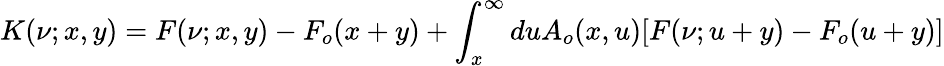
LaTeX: K(\nu;x,y)=F(\nu;x,y)-F_{o}(x+y)+\int_{x}^{\infty}duA_{o}(x,u)[F(\nu;u+y)-F_{o}(u+y)]